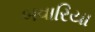
બવારિયા